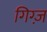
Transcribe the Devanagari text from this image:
गिग्ज़